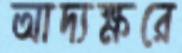
আদ্যক্ষরে